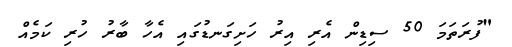
"ފުރަތަމަ 50 ސިޑިން އެރި އިރު ހަށިގަނޑުގައި އެހާ ބާރު ހުރި ކަމެއް